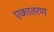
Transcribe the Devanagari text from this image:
एकातरण